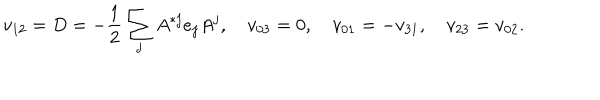
v _ { 1 2 } = D = - { \frac { 1 } { 2 } } \sum _ { j } A ^ { * j } e _ { j } A ^ { j } , \quad v _ { 0 3 } = 0 , \quad v _ { 0 1 } = - v _ { 3 1 } , \quad v _ { 2 3 } = v _ { 0 2 } .